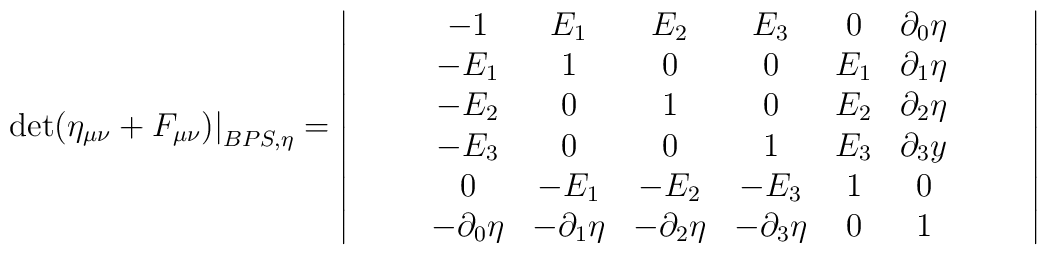
{\det (\eta_{\mu\nu}+F_{\mu\nu})|}_{BPS,\eta}=\left|\begin{array}{c}\begin{array}{cc}\begin{array}{ccc}\begin{array}{cccc}\begin{array}{ccccc}\begin{array}{cccccc}-1&E_1&E_2&E_3&0&\partial_0\eta\\-E_1 & 1 & 0 & 0 & E_1&\partial_1\eta \\-E_2 & 0 & 1 & 0 & E_2 &\partial_2\eta\\-E_3 & 0 & 0 & 1 & E_3& \partial_3y\\0 & -E_1 & -E_2 & -E_3 & 1 & 0\\-\partial_0\eta &-\partial_1\eta &-\partial_2\eta &-\partial_3\eta & 0 & 1\end{array}\end{array}\end{array}\end{array}\end{array}\end{array}\right|